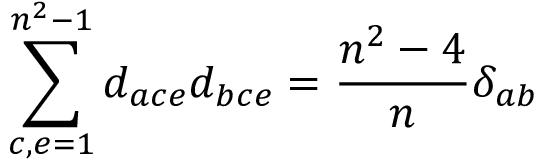
\sum _ { c , e = 1 } ^ { n ^ { 2 } - 1 } d _ { a c e } d _ { b c e } = { \frac { n ^ { 2 } - 4 } { n } } \delta _ { a b }